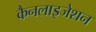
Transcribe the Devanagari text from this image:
कैनलाइजेशन